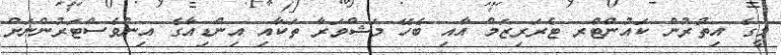
މީގެ އިތުރުން ކައުންޓްރ ޓެރަރިޒަމް އާއި ބެހޭ މަޝްވަރާ ތަކާއި އިންޑިއާގެ އިންވެސްޓަރުންނަށް